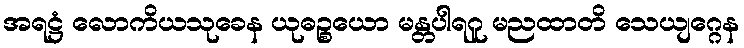
အရဋ္ဌံ လောကိယသုခေန ယုဓဉ္စယော မန္တပါရဂူ မညထာတိ သေယျဂ္ဂေန